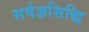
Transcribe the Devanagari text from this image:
सर्वज्ञसिद्धि